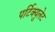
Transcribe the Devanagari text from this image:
पर्टिक्युलेट